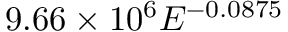
9 . 6 6 \times 1 0 ^ { 6 } E ^ { - 0 . 0 8 7 5 }